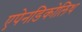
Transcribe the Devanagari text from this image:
एपेनडिकोलिथ